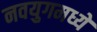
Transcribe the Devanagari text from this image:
नवयुगमध्ये